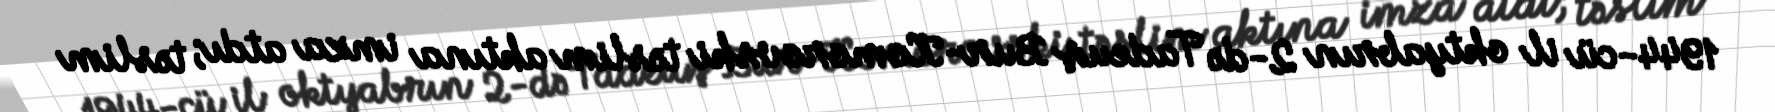
1944-cü il oktyabrın 2-də Tadeuş Bur-Komorovski təslim aktına imza atdı; təslim